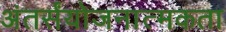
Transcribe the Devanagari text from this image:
अंतर्संयोजनात्मकता